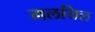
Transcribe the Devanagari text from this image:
मलयिल